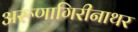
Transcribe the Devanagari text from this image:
अरूणागिरीनाथर